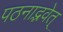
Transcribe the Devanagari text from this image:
पठनाद्भवेत्